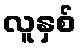
လူနှစ်